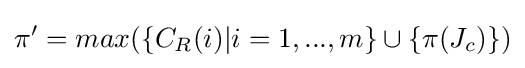
\pi '=max(\{C_{R}(i)|i=1,...,m\}\cup \{\pi (J_{c})\})